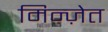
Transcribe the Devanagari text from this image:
मिन्ज़ेत